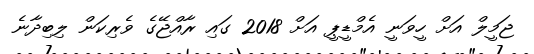
ޖަމީލް އަށް ހީވަނީ އެމްޑީޕީ އަށް 2018 ގައި ރާއްޖޭގެ ވެރިކަން ލިބިދާނެ